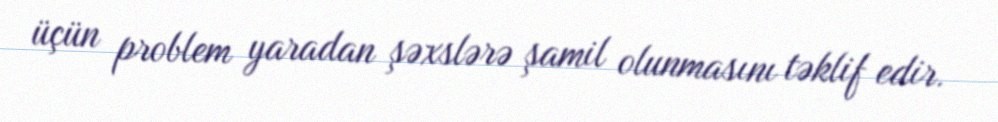
üçün problem yaradan şəxslərə şamil olunmasını təklif edir.